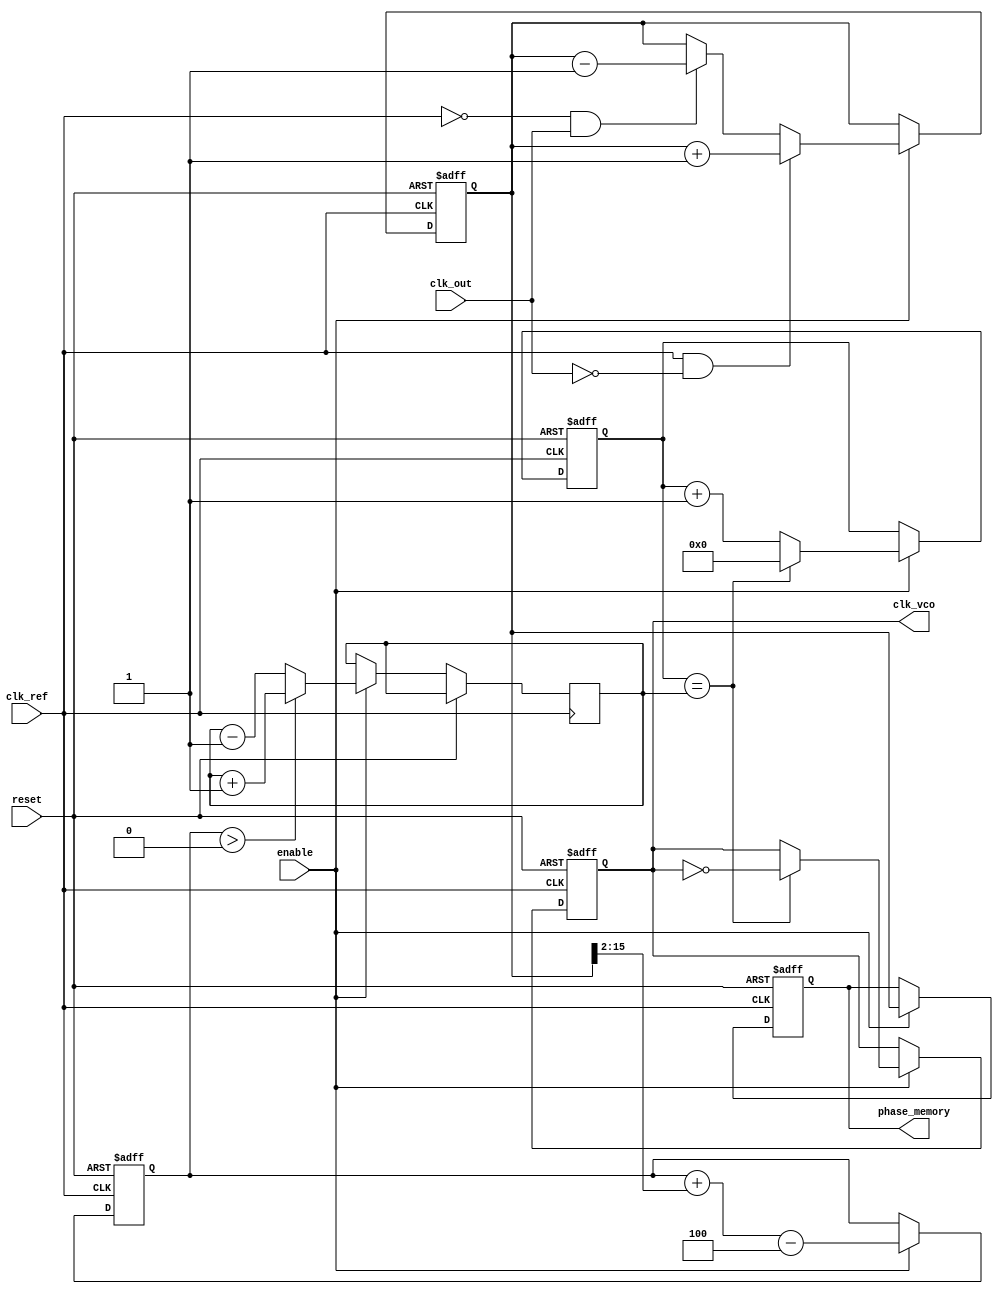
module DPLL (
    input wire clk_ref,       // Reference clock
    input wire clk_out,       // Output clock from VCO
    input wire reset,         // Reset signal
    input wire enable,        // Enable signal
    output reg clk_vco,       // Output clock from VCO
    output reg [15:0] phase_memory // Memory block for phase information
);

// Parameters
parameter PHASE_THRESHOLD = 2; // Phase detector threshold
parameter FILTER_COEFF = 4;     // Loop filter coefficient

// Internal signals
reg [15:0] phase_error;         // Phase error signal
reg [15:0] control_voltage;      // Control voltage for VCO
reg [15:0] vco_freq;             // Frequency control for VCO
reg [3:0] state;                 // State variable for VCO

// Phase Detector
always @(posedge clk_ref or posedge reset) begin
    if (reset) begin
        phase_error <= 0;
    end else if (enable) begin
        // Simple phase detector logic
        if (clk_ref && !clk_out) begin
            phase_error <= phase_error + 1; // Phase leading
        end else if (!clk_ref && clk_out) begin
            phase_error <= phase_error - 1; // Phase lagging
        end
    end
end

// Loop Filter
always @(posedge clk_ref or posedge reset) begin
    if (reset) begin
        control_voltage <= 0;
    end else if (enable) begin
        // Simple low-pass filter to smooth phase error
        control_voltage <= control_voltage + (phase_error >> 2) - FILTER_COEFF;
    end
end

// Voltage-Controlled Oscillator (VCO)
always @(posedge clk_ref or posedge reset) begin
    if (reset) begin
        state <= 0;
        clk_vco <= 0;
    end else if (enable) begin
        // Adjust frequency based on control voltage
        vco_freq <= (control_voltage > 0) ? (vco_freq + 1) : (vco_freq - 1);
        
        // VCO output generation (simple counter-based VCO)
        if (state == vco_freq) begin
            clk_vco <= ~clk_vco; // Toggle the VCO output clock
            state <= 0; // Reset state
        end else begin
            state <= state + 1;
        end
    end
end

// Memory block for phase information
always @(posedge clk_ref or posedge reset) begin
    if (reset) begin
        phase_memory <= 0;
    end else if (enable) begin
        // Store phase information (for simplicity, store phase error)
        phase_memory <= phase_error; // For advanced features, implement a better storage mechanism
    end
end

endmodule